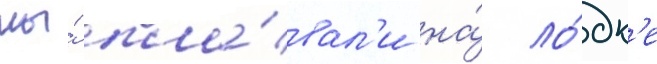
мы́ пла́вал'и на́ ло́дк'е